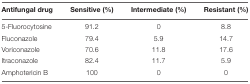
| Antifungal drug | Sensitive (%) | Intermediate (%) | Resistant (%) |
 | --- | --- | --- | --- |
 | 5-Fluorocytosine | 91.2 | 0 | 8.8 |
 | Fluconazole | 79.4 | 5.9 | 14.7 |
 | Voriconazole | 70.6 | 11.8 | 17.6 |
 | Itraconazole | 82.4 | 11.7 | 5.9 |
 | Amphotericin B | 100 | 0 | 0 |